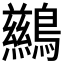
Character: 𲍧